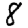
Digit: 8